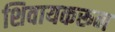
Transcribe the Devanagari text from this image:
शिवायकरून